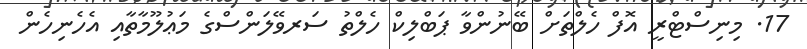
17. މިނިސްޓްރީ އޮފް ހެލްތަށް ބޭނުންވާ ޕަބްލިކް ހެލްތު ސަރވޭލަންސްގެ މަޢުލޫމާތާއި އެހެނިހެން